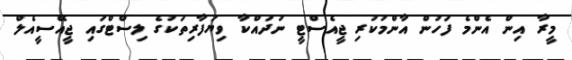
މީރާ އިން އެންމެ ފަހުން އާންމުކުރި ޖީއެސްޓީ ނުދައްކާ ވިޔަފާރިތަކުގެ ލިސްޓްގައި ޖީއޭސީއެލް